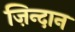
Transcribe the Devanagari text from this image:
ज़िन्दान